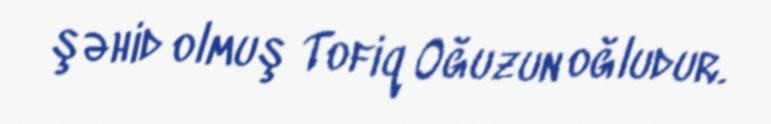
şəhid olmuş Tofiq Oğuzun oğludur.